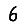
Digit: 6